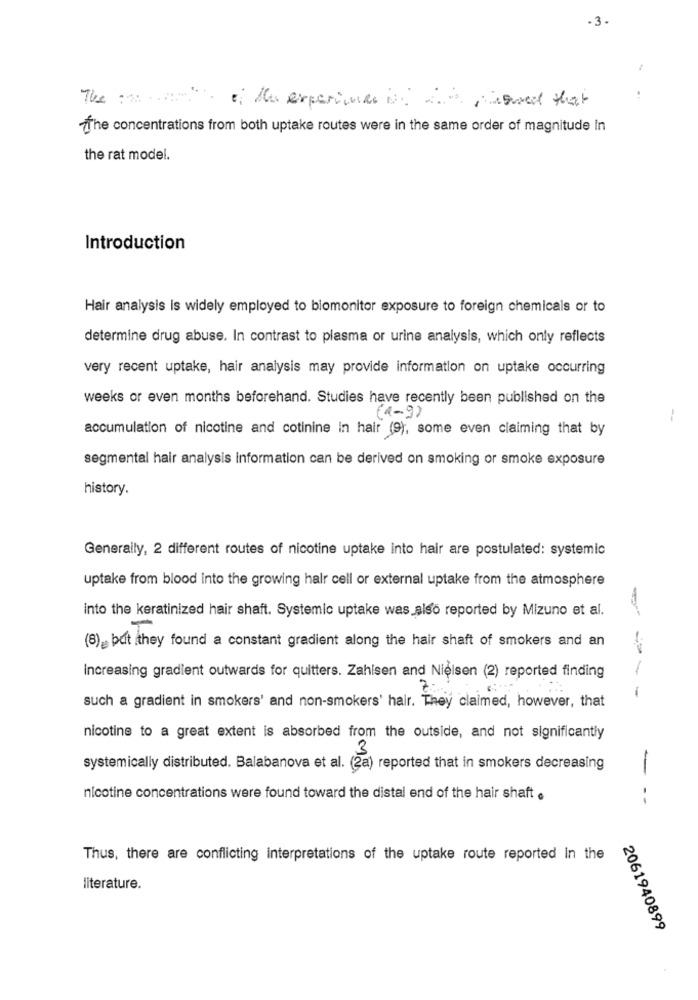
- 3.
The
*: du experimen in
insured that
..
The concentrations from both uptake routes were in the same order of magnitude in
the rat model.
Introduction
Hair analysis is widely employed to biomonitor exposure to foreign chemicals or to
determine drug abuse. In contrast to plasma or urine analysis, which only reflects
very recent uptake, hair analysis may provide information on uptake occurring
weeks or even months beforehand. Studies have recently been published on the
(1-9)
-
accumulation of nicotine and cotinine in hair (9), some even claiming that by
segmental hair analysis information can be derived on smoking or smoke exposure
history.
Generally, 2 different routes of nicotine uptake into hair are postulated: systemic
uptake from blood into the growing hair cell or external uptake from the atmosphere
into the keratinized hair shaft. Systemic uptake was_also reported by Mizuno et al.
(8) but they found a constant gradient along the hair shaft of smokers and an
Increasing gradient outwards for quitters. Zahisen and Nielsen (2) reported finding
7.
such a gradient in smokers' and non-smokers' hair. They claimed, however, that
nicotine to a great extent is absorbed from the outside, and not significantly
3
systemically distributed. Balabanova et al. (2a) reported that in smokers decreasing
-
nicotine concentrations were found toward the distal end of the hair shaft .
--
Thus, there are conflicting interpretations of the uptake route reported in the
literature.
2061940899